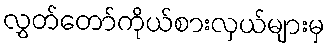
လွှတ်တော်ကိုယ်စားလှယ်များမှ